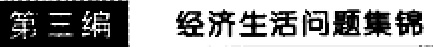
第三编 经济生活问题集锦